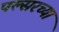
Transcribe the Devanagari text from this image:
पल्सरच्या